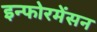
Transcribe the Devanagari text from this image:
इन्फोरमेंसन